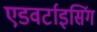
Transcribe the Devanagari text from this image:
एडवर्टाइसिंग